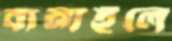
বানাইলে